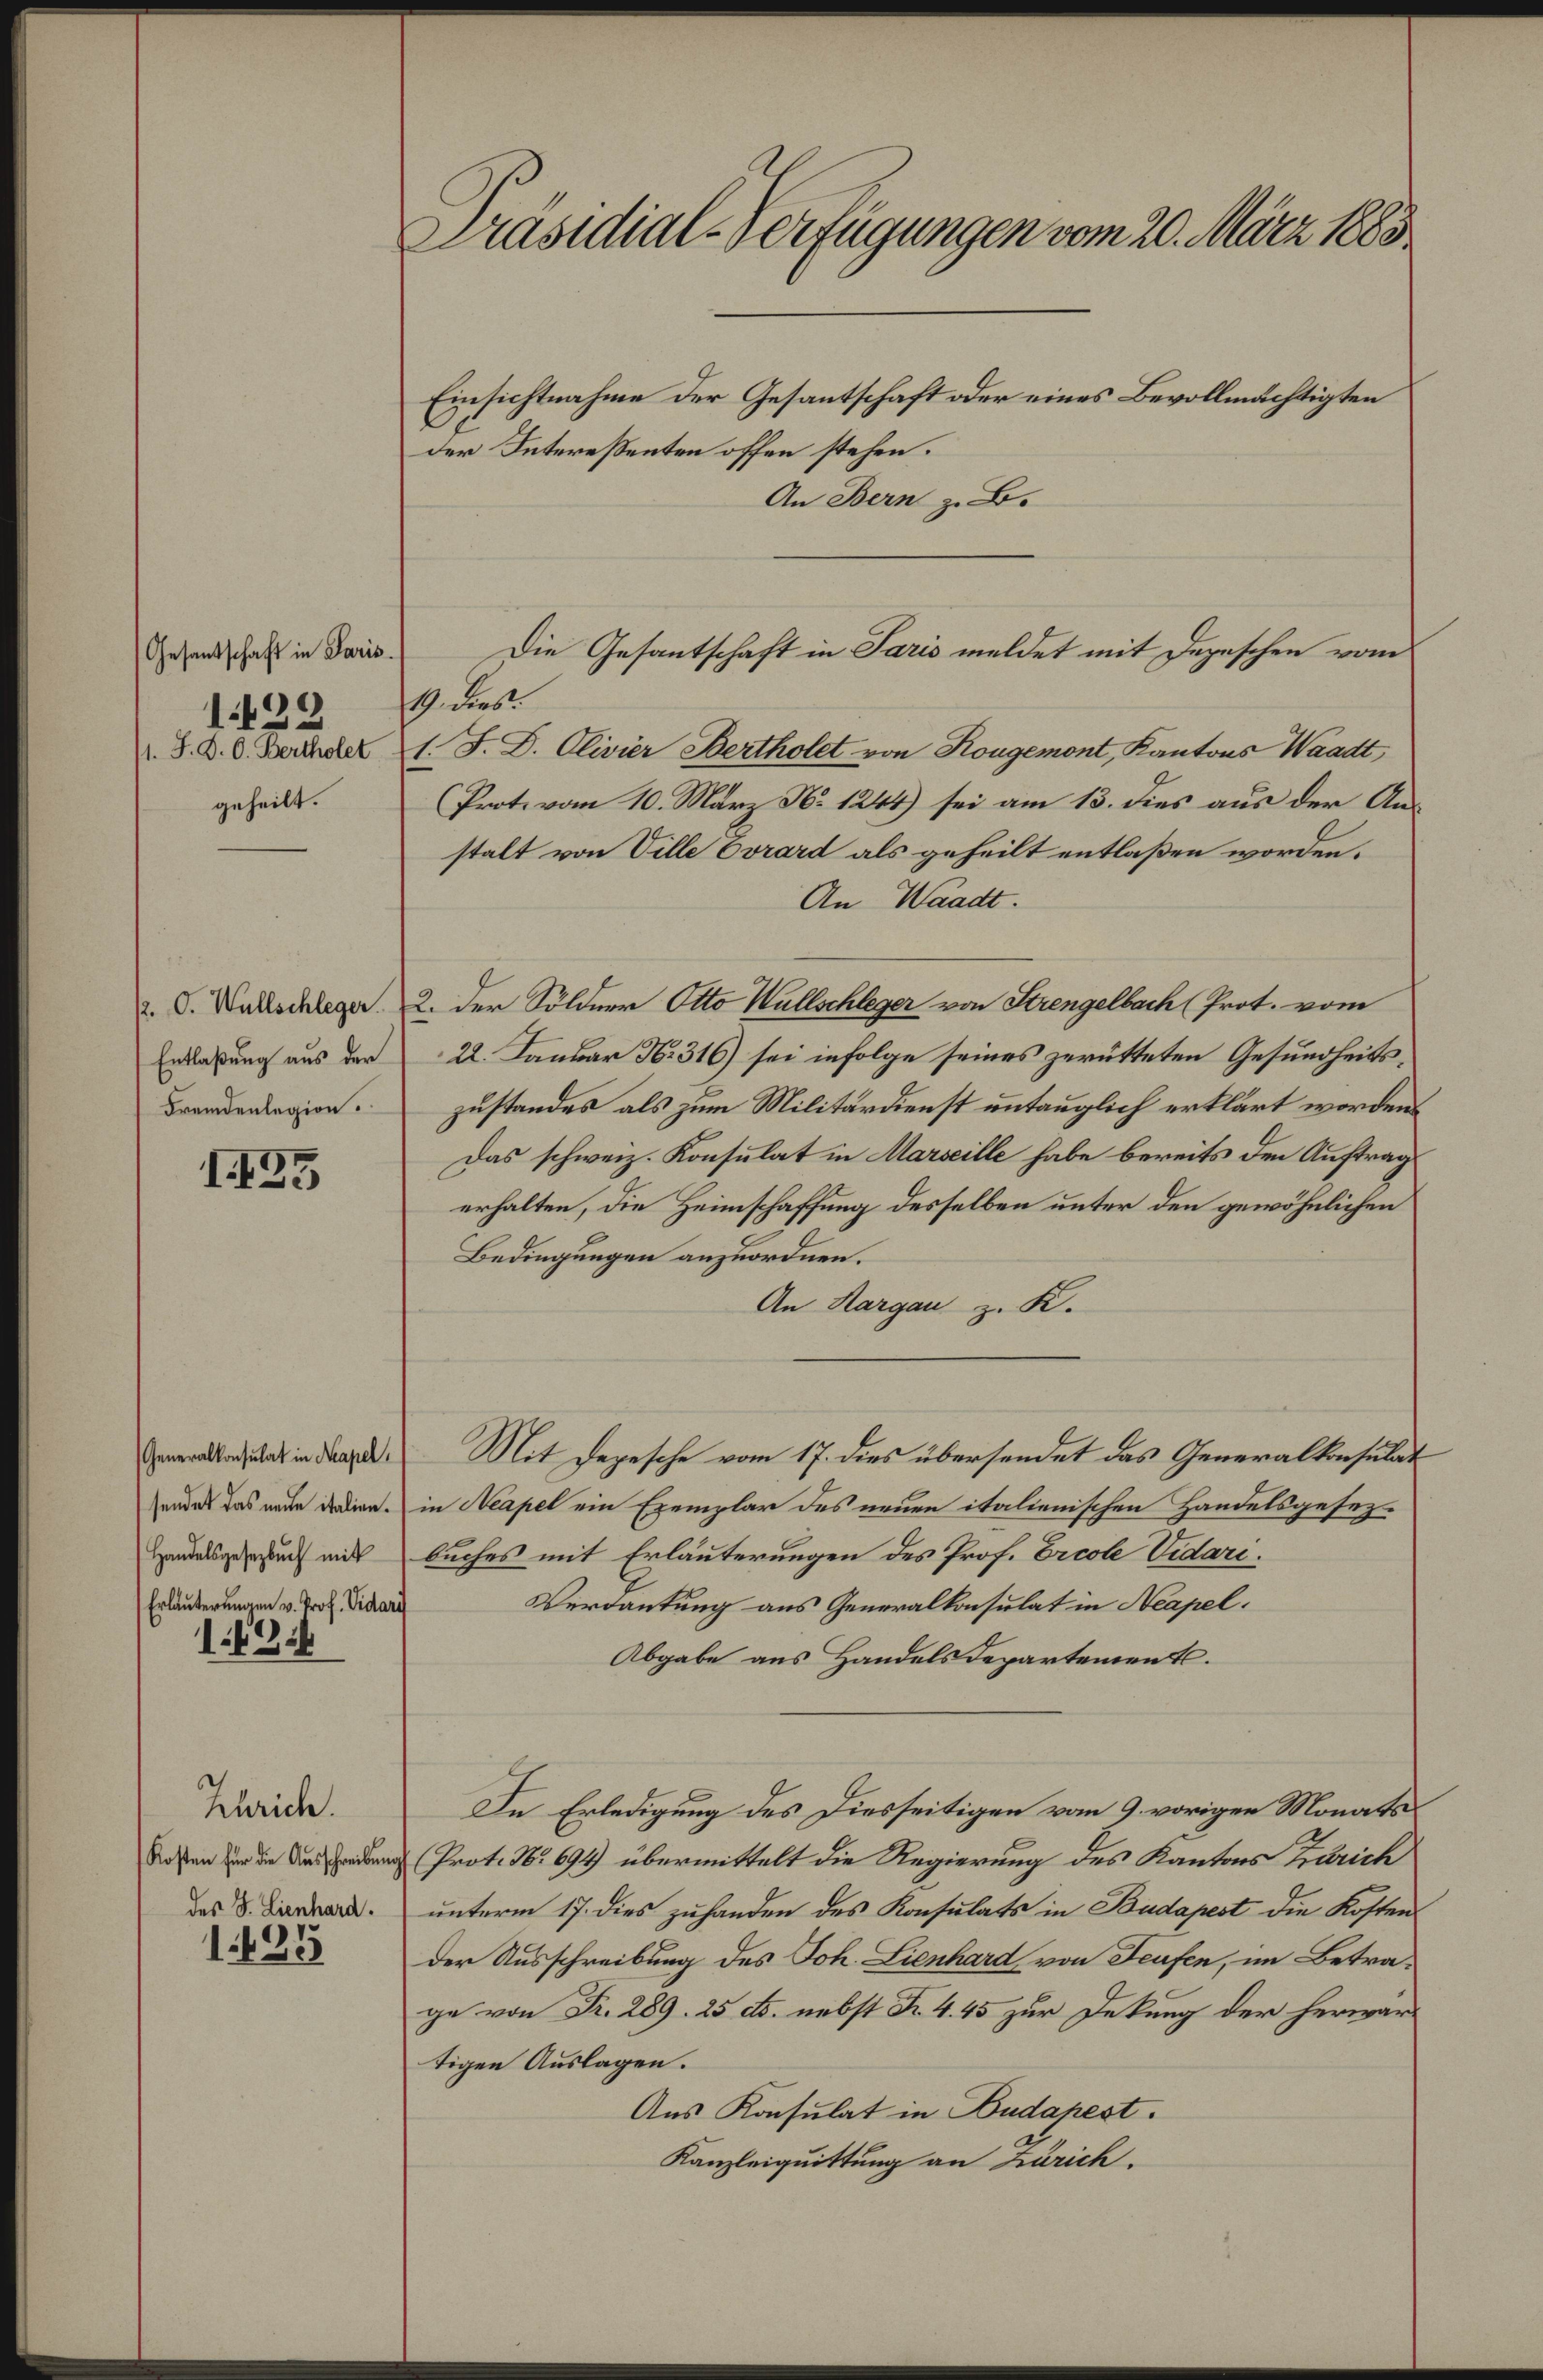
Gesantschaft in Paris.
129
11. J. P. O. Bertholet
geheilt.

Entlaßung aus der
Fremdenlegion.

I35

Generalkonsulat in Kapel,
Erläuterungen v. Prof. Vidari

1254

Schrich.
Kosten für die Ausschreibung
des J. Lienhard.

1425

Präsidial-Verfügungen vom 20. März 1888
Einsichtnahme der Gesantschaft oder eines Bevollmächtigten
der Intereßenten offen stehen.
An Bern z. B.

19 dies
1. J. D. Olivier Bertholet von Kougemont, Kantons Waadt
(Prote vom 10. März N. 1244) sei am 13. dies aus der An-
stalt von Ville Evrard als geheilt entlaßen worden.
An Waadt.
a. S. Warschleger 2. der Söldner Otto Wüllschleger von Strengelbach (Prot. vom
22. Januar N. 316) sei infolge seines zurütteten Gesundheitszustandes als zum Militärdienst untauglich erklärt worden.
Das schweiz. Konsulat in Marseille habe bereits den Auftrag
erhalten, die Heimschaffung desselben unter den gewöhnlichen
Bedingungen anzuordnen.
An Hargau z. K.
Mit Depesche vom 17. dies übersendet das Generalkonsulat
sendes das nache dedien in Neapel ein Exemplar des neuen italienischen Handelsgesez¬
Handelsgesuch mit buches mit Erläuterungen des Prof. Ercole Vidari
Verdankung aus Generalkonsulat in Neapel.
Abgabe aus Handels Departement.
In Erledigung des Diesseitigen vom 9. vorigen Monats
Prot. No 694) übermittelt die Regierung des Kantons Zürich
unterm 17. dies zuhanden des Konsulats in Budapest die Kosten
der Ausschreibung des Joh. Lienhard von Teufen, im Betrage von Fr. 289. 25 etc. nebst R. 445 zur Dekung der herwartigen Auslagen.
Aus Konsulat in Budapest.
Kanzleiquittung an Zürich.

Die Gesantschaft in Paris meldet mit Depeschen vom